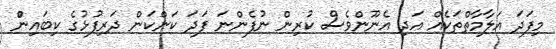
މިފަދަ އަލާމާތްތަކެއް އަދި އެނޫންވެސް ކުރިން ނުފެންނަ ފަދަ ކަންކަން ދަރިފުޅުގެ ކިބައިންް